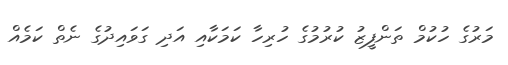
މަރުގެ ހުކުމް ތަންފީޒު ކުރުމުގެ ހުރިހާ ކަމަކާއި އަދި ގަވައިދުގެ ނެތް ކަމެއް